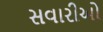
સવારીઓ